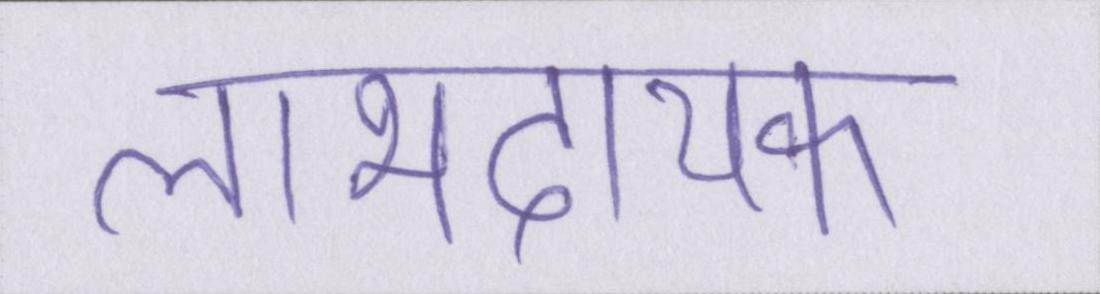
लाभदायक